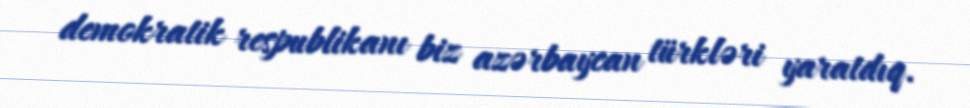
demokratik respublikanı biz azərbaycan türkləri yaratdıq.